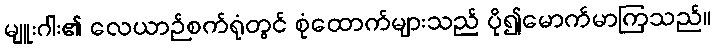
မျူးဂါး၏ လေယာဉ်စက်ရုံတွင် စုံထောက်များသည် ပို၍မောက်မာကြသည်။